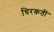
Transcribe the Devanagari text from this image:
थिरकतीं